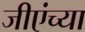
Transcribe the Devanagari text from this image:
जीएंच्या